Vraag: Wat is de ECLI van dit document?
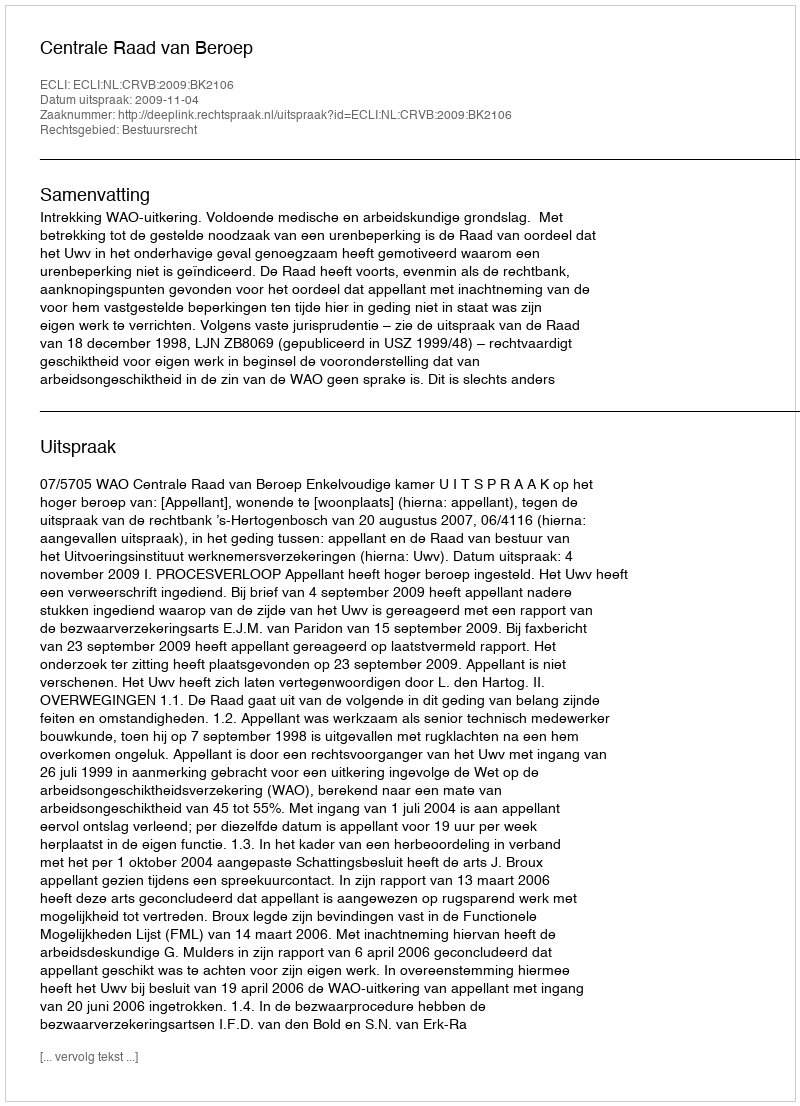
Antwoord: ECLI:NL:CRVB:2009:BK2106